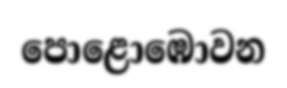
පොළොඹොවන